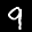
Label: 9